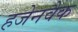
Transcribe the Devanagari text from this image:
हजेनवैक